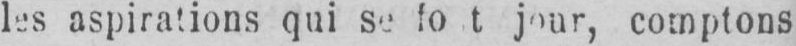
jour, comptons